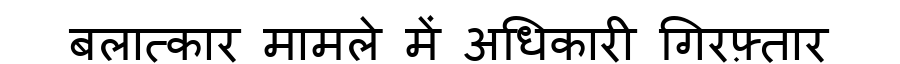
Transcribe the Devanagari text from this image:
बलात्कार मामले में अधिकारी गिरफ़्तार